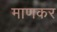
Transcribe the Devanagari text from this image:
माणकर